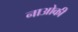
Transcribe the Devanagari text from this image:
नाओकी